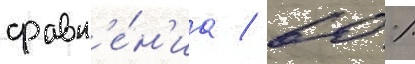
сравн'е́н'иа / 60 %